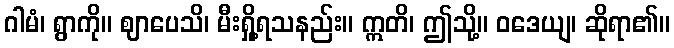
ဂါမံ၊ ရွာကို။ ဈာပေသိ၊ မီးရှို့ရသနည်း။ ဣတိ၊ ဤသို့။ ဝဒေယျ၊ ဆိုရာ၏။